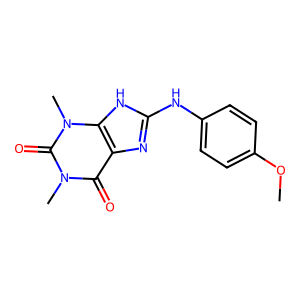
SMILES: COc1ccc(Nc2nc3c(=O)n(C)c(=O)n(C)c3[nH]2)cc1
Inhibits HIV replication: No